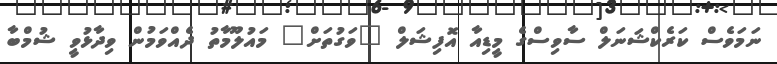
ނަމަވެސް ކަރެކްޝަނަލް ސާވިސްގެ މީޑިއާ އޮފިޝަލް "ވަގުތަށް" މައުލޫމާތު ދެއްވަމުން ވިދާޅުވީ ޝުމްބާ